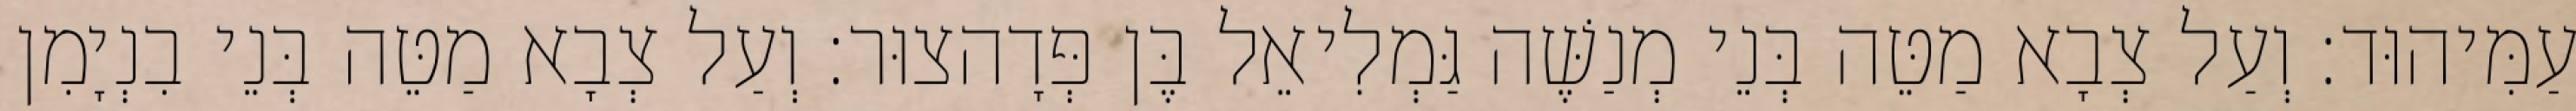
עַמִּיהוּד׃ וְעַל צְבָא מַטֵּה בְּנֵי מְנַשֶּׁה גַּמְלִיאֵל בֶּן פְּדָהצוּר׃ וְעַל צְבָא מַטֵּה בְּנֵי בִנְיָמִן